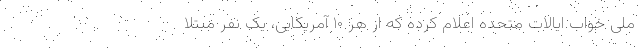
ملی خواب ایالات متحده اعلام کرده که از هر ۱۰ آمریکایی، یک نفر مبتلا